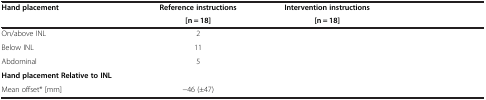
<table><thead><tr><td rowspan="2"><b>Hand placement</b></td><td><b>Reference instructions</b></td><td><b>Intervention instructions</b></td><td rowspan="2">[EMPTY_CELL]</td></tr><tr><td><b>[n = 18]</b></td><td><b>[n = 18]</b></td></tr></thead><tbody><tr><td>On/above INL</td><td>2</td><td>[EMPTY_CELL]</td><td>[EMPTY_CELL]</td></tr><tr><td>Below INL</td><td>11</td><td>[EMPTY_CELL]</td><td>[EMPTY_CELL]</td></tr><tr><td>Abdominal</td><td>5</td><td>[EMPTY_CELL]</td><td>[EMPTY_CELL]</td></tr><tr><td><b>Hand placement Relative to INL</b></td><td>[EMPTY_CELL]</td><td>[EMPTY_CELL]</td><td>[EMPTY_CELL]</td></tr><tr><td>Mean offset* [mm]</td><td>−46 (±47)</td><td>[EMPTY_CELL]</td><td>[EMPTY_CELL]</td></tr></tbody></table>